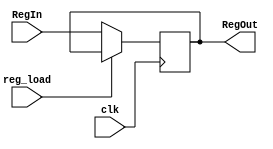
// -----------------------------------------------------------------------------
// Title   : 8b General Purpose Register (MainBus/r8b_gpr.v)
// Create  : Tue 20 Dec 22:32:12 GMT 2022
//
// Name    : JAM-1 8-bit Pipelined CPU in Verilog
// GitHub  : https://github.com/m1geo/JamesSharmanPipelinedCPU
// CPU Dsn : James Sharman; Video Series => https://youtu.be/3iHag4k4yEg
//
// Desc.   : 8 bit general purpose register
//         : also used for constant register
//         : PCB uses 74HCT574
// -----------------------------------------------------------------------------

module r8b_gpr
(
    input        clk,
    input        reg_load, // active low
    input  [7:0] RegIn,
    
    output [7:0] RegOut
);

	// define register
	reg [7:0] data;
	
	// update register on rising clock, iff load is low.
	always @ (posedge clk) begin
		if (!reg_load) begin
			data <= RegIn;
		end
	end
	
	// always expose the register data. 
	// asserts handled outside of the register on FPGA.
	assign RegOut = data;

endmodule //end:r8b_gpr